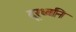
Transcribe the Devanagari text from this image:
दूरध्वनि